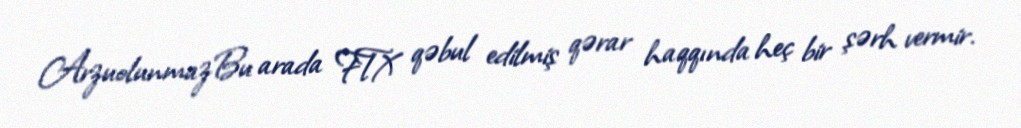
ArzuolunmazBu arada FTX qəbul edilmiş qərar haqqında heç bir şərh vermir.